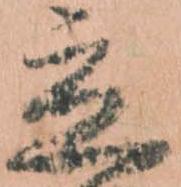
立